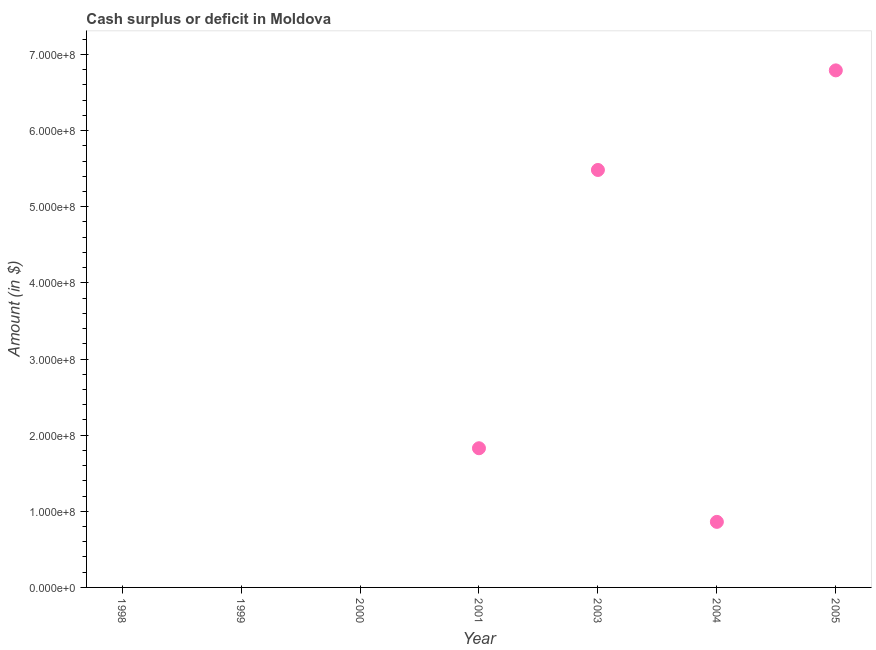
| Year | Cash surplus or deficit |
 | --- | --- |
 | 1998 | -3.26e+08 |
 | 1999 | -3.6e+08 |
 | 2000 | -2.39e+08 |
 | 2001 | 1.83e+08 |
 | 2003 | 5.48e+08 |
 | 2004 | 8.61e+07 |
 | 2005 | 6.79e+08 |